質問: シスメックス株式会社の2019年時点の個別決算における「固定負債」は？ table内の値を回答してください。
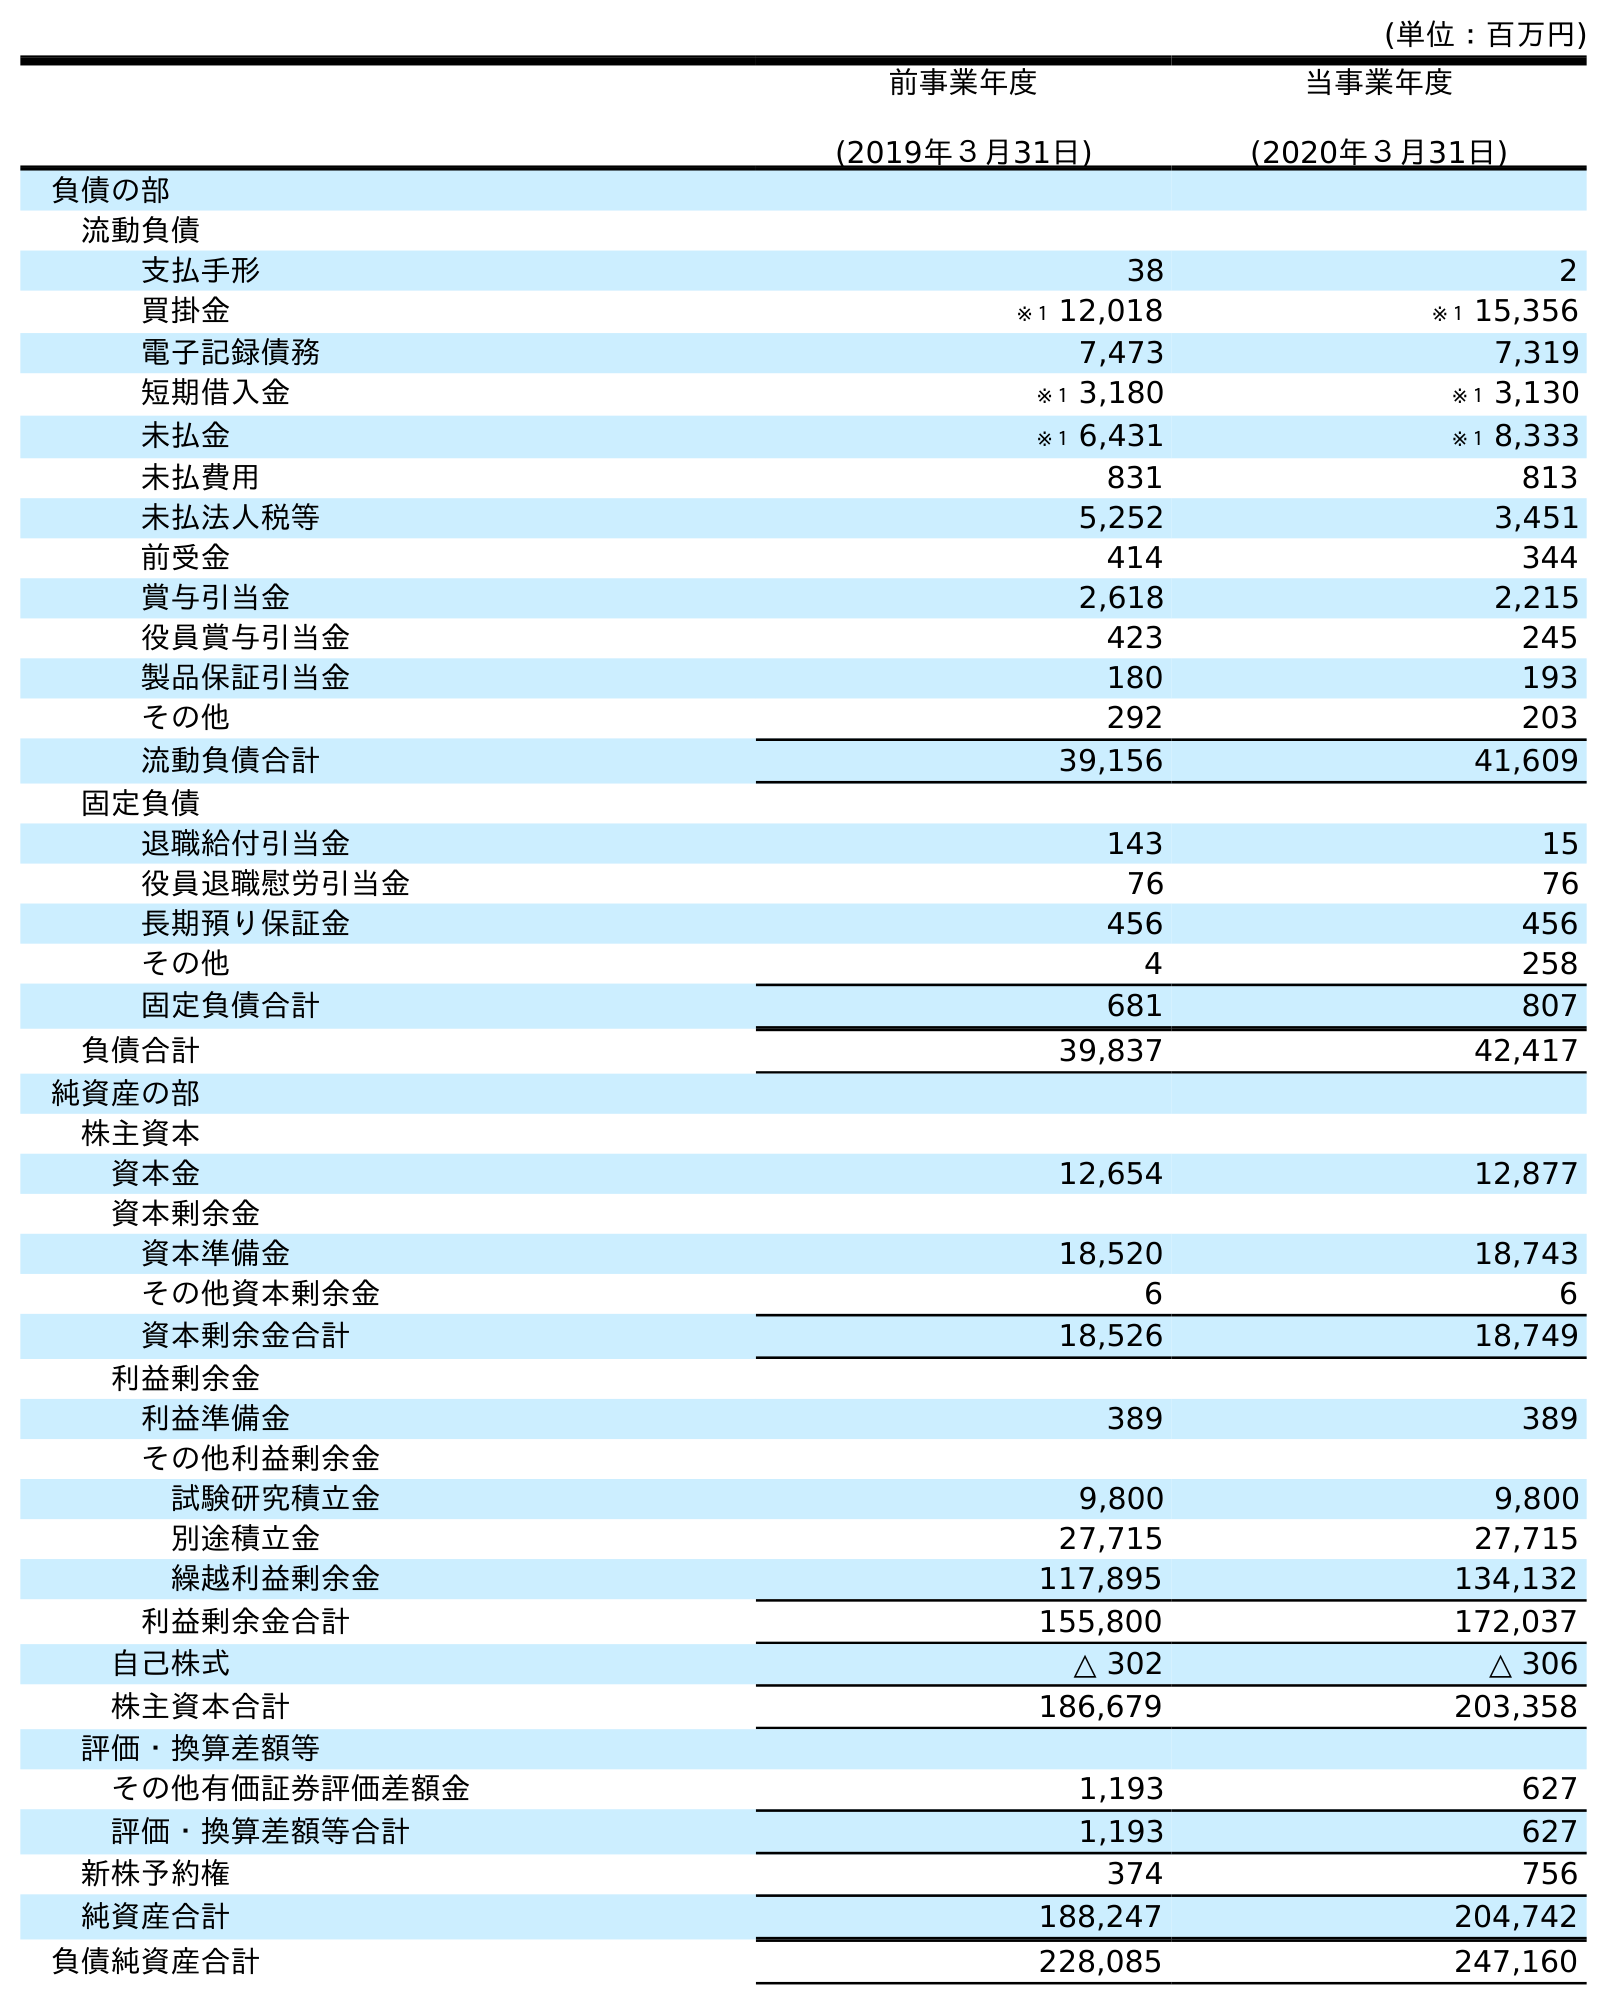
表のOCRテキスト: (単位：百万円) 前事業年度 (2019年３月31日) 当事業年度 (2020年３月31日) 負債の部 流動負債 支払手形 38 2 買掛金 ※１ 12,018 ※１ 15,356 電子記録債務 7,473 7,319 短期借入金 ※１ 3,180 ※１ 3,130 未払金 ※１ 6,431 ※１ 8,333 未払費用 831 813 未払法人税等 5,252 3,451 前受金 414 344 賞与引当金 2,618 2,215 役員賞与引当金 423 245 製品保証引当金 180 193 その他 292 203 流動負債合計 39,156 41,609 固定負債 退職給付引当金 143 15 役員退職慰労引当金 76 76 長期預り保証金 456 456 その他 4 258 固定負債合計 681 807 負債合計 39,837 42,417 純資産の部 株主資本 資本金 12,654 12,877 資本剰余金 資本準備金 18,520 18,743 その他資本剰余金 6 6 資本剰余金合計 18,526 18,749 利益剰余金 利益準備金 389 389 その他利益剰余金 試験研究積立金 9,800 9,800 別途積立金 27,715 27,715 繰越利益剰余金 117,895 134,132 利益剰余金合計 155,800 172,037 自己株式 △ 302 △ 306 株主資本合計 186,679 203,358 評価・換算差額等 その他有価証券評価差額金 1,193 627 評価・換算差額等合計 1,193 627 新株予約権 374 756 純資産合計 188,247 204,742 負債純資産合計 228,085 247,160
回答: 681